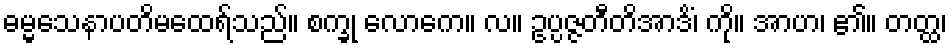
ဓမ္မသေနာပတိမထေရ်သည်။ စက္ခု လောကေ။ လ။ ဥပ္ပဇ္ဇတီတိအာဒိံ၊ ကို။ အာဟ၊ ၏။ တတ္ထ၊